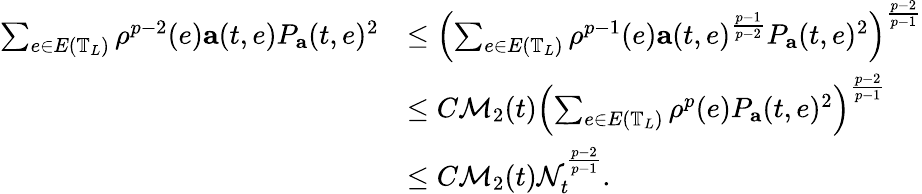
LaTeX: \begin{array}{rl}{\sum_{e\in E\left(\mathbb{T}_{L}\right)}\rho^{p-2}(e)\mathbf{a}(t,e)P_{\mathbf{a}}(t,e)^{2}}&{\leq\left(\sum_{e\in E\left(\mathbb{T}_{L}\right)}\rho^{p-1}(e)\mathbf{a}(t,e)^{\frac{p-1}{p-2}}P_{\mathbf{a}}(t,e)^{2}\right)^{\frac{p-2}{p-1}}}\\ &{\leq C\mathcal{M}_{2}(t)\left(\sum_{e\in E\left(\mathbb{T}_{L}\right)}\rho^{p}(e)P_{\mathbf{a}}(t,e)^{2}\right)^{\frac{p-2}{p-1}}}\\ &{\leq C\mathcal{M}_{2}(t)\mathcal{N}_{t}^{\frac{p-2}{p-1}}.}\end{array}